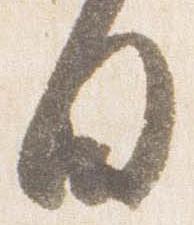
白